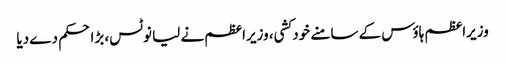
وزیراعظم ہاؤس کے سامنے خود کشی، وزیراعظم نے لیا نوٹس، بڑا حکم دے دیا